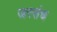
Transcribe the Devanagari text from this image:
जरसंध